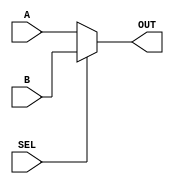
`timescale 1ns / 1ps
module MUX(
    output reg [31:0] OUT,
    input [31:0] A,
    input [31:0] B,
    input SEL
    );
	
	initial begin OUT = 32'b0; end
	
	always @ (*) begin
		if (~SEL)
			OUT = A;
		else
			OUT = B;
	end

endmodule